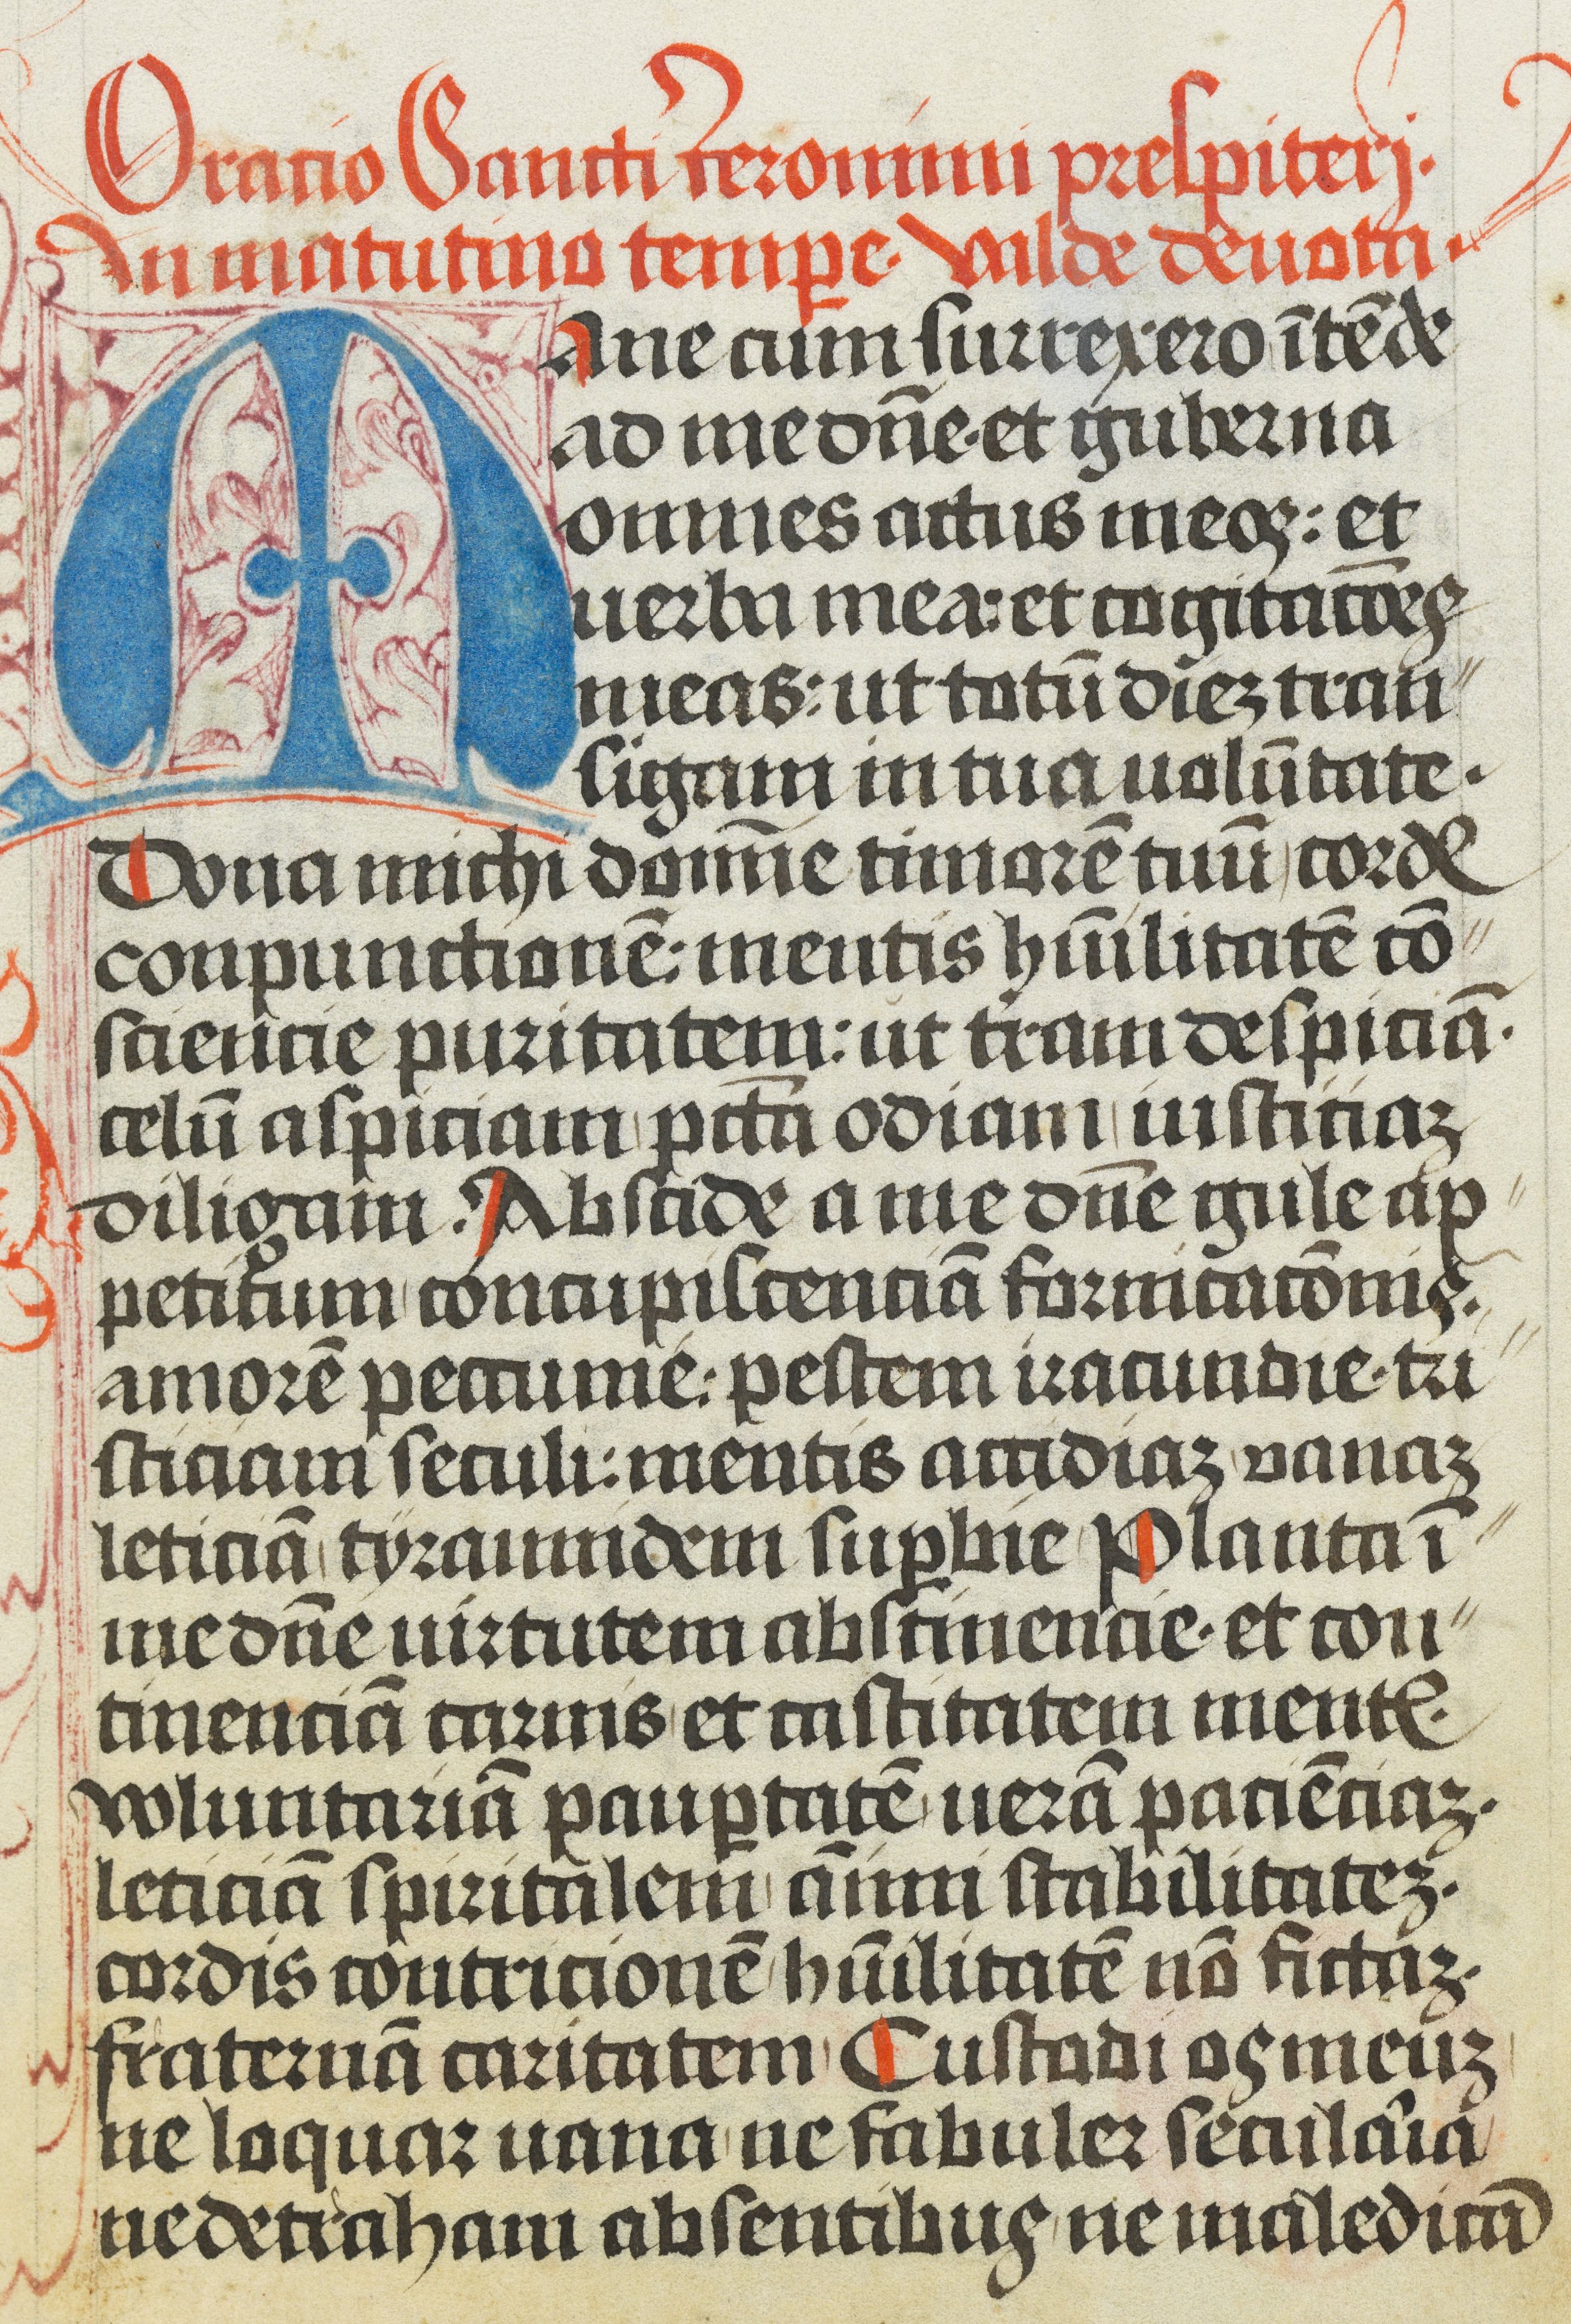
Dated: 1472–1472